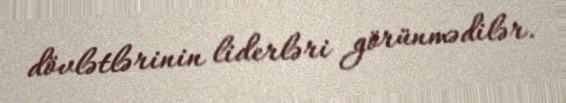
dövlətlərinin liderləri görünmədilər.